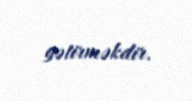
gətirməkdir.